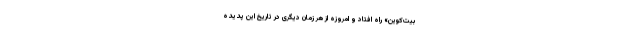
بیت‌کوین» راه افتاد و امروزه از هر زمان دیگری در تاریخ این پدیده